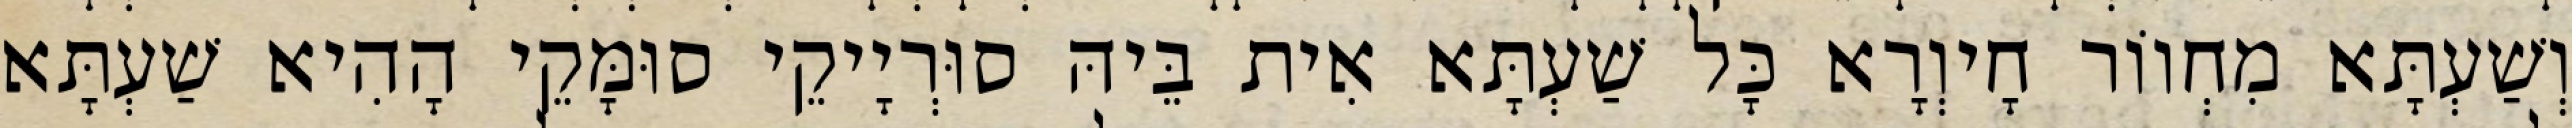
וְשַׁעְתָּא מִחְווֹר חָיוְרָא כָּל שַׁעְתָּא אִית בֵּיהּ סוּרְיָיקֵי סוּמָּקֵי הָהִיא שַׁעְתָּא